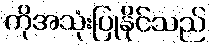
ကိုအသုံးပြုနိုင်သည်